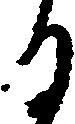
る